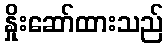
နှိုးဆော်ထားသည်